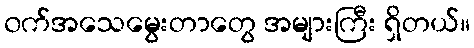
၀က်အသေမွေးတာတွေ အများကြီး ရှိတယ်။